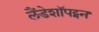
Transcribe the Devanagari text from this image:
लैंडेशॉपट्मन